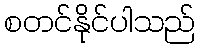
စတင်နိုင်ပါသည်